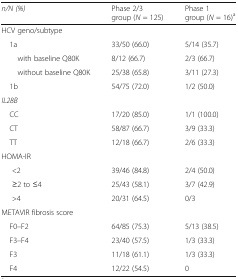
<table><thead><tr><td><b><i>n/N (%)</i></b></td><td><b>Phase 2/3 group (<i>N</i> = 125)</b></td><td><b>Phase 1 group (<i>N</i> = 16)<sup>a</sup></b></td></tr></thead><tbody><tr><td colspan="3">HCV geno/subtype</td></tr><tr><td> 1a</td><td>33/50 (66.0)</td><td>5/14 (35.7)</td></tr><tr><td>with baseline Q80K</td><td>8/12 (66.7)</td><td>2/3 (66.7)</td></tr><tr><td>without baseline Q80K</td><td>25/38 (65.8)</td><td>3/11 (27.3)</td></tr><tr><td> 1b</td><td>54/75 (72.0)</td><td>1/2 (50.0)</td></tr><tr><td colspan="3"><i>IL28B</i></td></tr><tr><td> CC</td><td>17/20 (85.0)</td><td>1/1 (100.0)</td></tr><tr><td> CT</td><td>58/87 (66.7)</td><td>3/9 (33.3)</td></tr><tr><td> TT</td><td>12/18 (66.7)</td><td>2/6 (33.3)</td></tr><tr><td colspan="3">HOMA-IR</td></tr><tr><td>&lt;2</td><td>39/46 (84.8)</td><td>2/4 (50.0)</td></tr><tr><td>≥2 to ≤4</td><td>25/43 (58.1)</td><td>3/7 (42.9)</td></tr><tr><td>&gt;4</td><td>20/31 (64.5)</td><td>0/3</td></tr><tr><td colspan="3">METAVIR fibrosis score</td></tr><tr><td> F0–F2</td><td>64/85 (75.3)</td><td>5/13 (38.5)</td></tr><tr><td> F3–F4</td><td>23/40 (57.5)</td><td>1/3 (33.3)</td></tr><tr><td> F3</td><td>11/18 (61.1)</td><td>1/3 (33.3)</td></tr><tr><td> F4</td><td>12/22 (54.5)</td><td>0</td></tr></tbody></table>